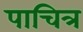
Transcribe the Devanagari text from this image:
पाचित्र